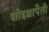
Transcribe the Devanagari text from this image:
शोइथ़्रापैती